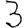
Digit: 3